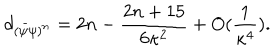
d _ { ( \bar { \psi } \psi ) ^ { n } } = 2 n - { \frac { 2 n + 1 5 } { 6 \kappa ^ { 2 } } } + O ( { \frac { 1 } { \kappa ^ { 4 } } } ) .